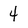
Character: 4